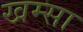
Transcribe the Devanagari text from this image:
खम्सा